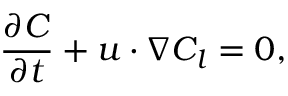
\frac { \partial C } { \partial t } + \boldsymbol { u } \cdot \nabla C _ { l } = 0 ,